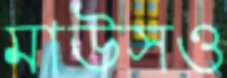
মাউসও